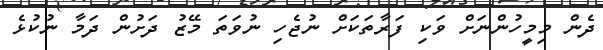
ދެން މިމީހުންނަށް ވަކި ފަރާތަކަށް ނުޖެހި ނުވަތަ މޭޒު ދަށުން ދަމާ ނުކުޅެ